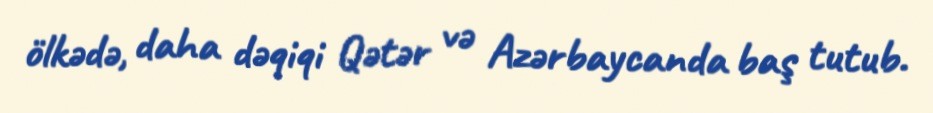
ölkədə, daha dəqiqi Qətər və Azərbaycanda baş tutub.